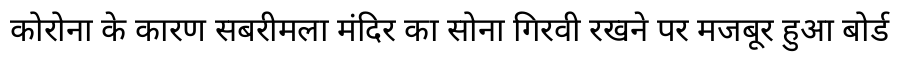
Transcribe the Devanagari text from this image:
कोरोना के कारण सबरीमला मंदिर का सोना गिरवी रखने पर मजबूर हुआ बोर्ड